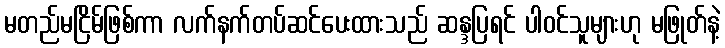
မတည်မငြိမ်ဖြစ်ကာ လက်နက်တပ်ဆင်ပေးထားသည် ဆန္ဒပြရင် ပါဝင်သူများဟု မဖြုတ်နဲ့